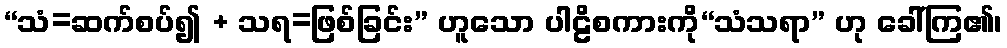
“သံ=ဆက်စပ်၍ + သရ=ဖြစ်ခြင်း” ဟူသော ပါဠိစကားကို“သံသရာ” ဟု ခေါ်ကြ၏၊